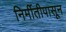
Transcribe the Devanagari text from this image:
निर्मीतीपासून